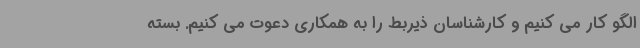
الگو کار می کنیم و کارشناسان ذیربط را به همکاری دعوت می کنیم. بسته